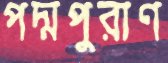
পদ্মপুরাণ